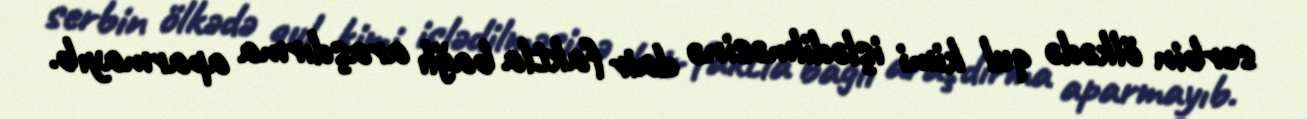
serbin ölkədə qul kimi işlədilməsinə dair faktla bağlı araşdırma aparmayıb.